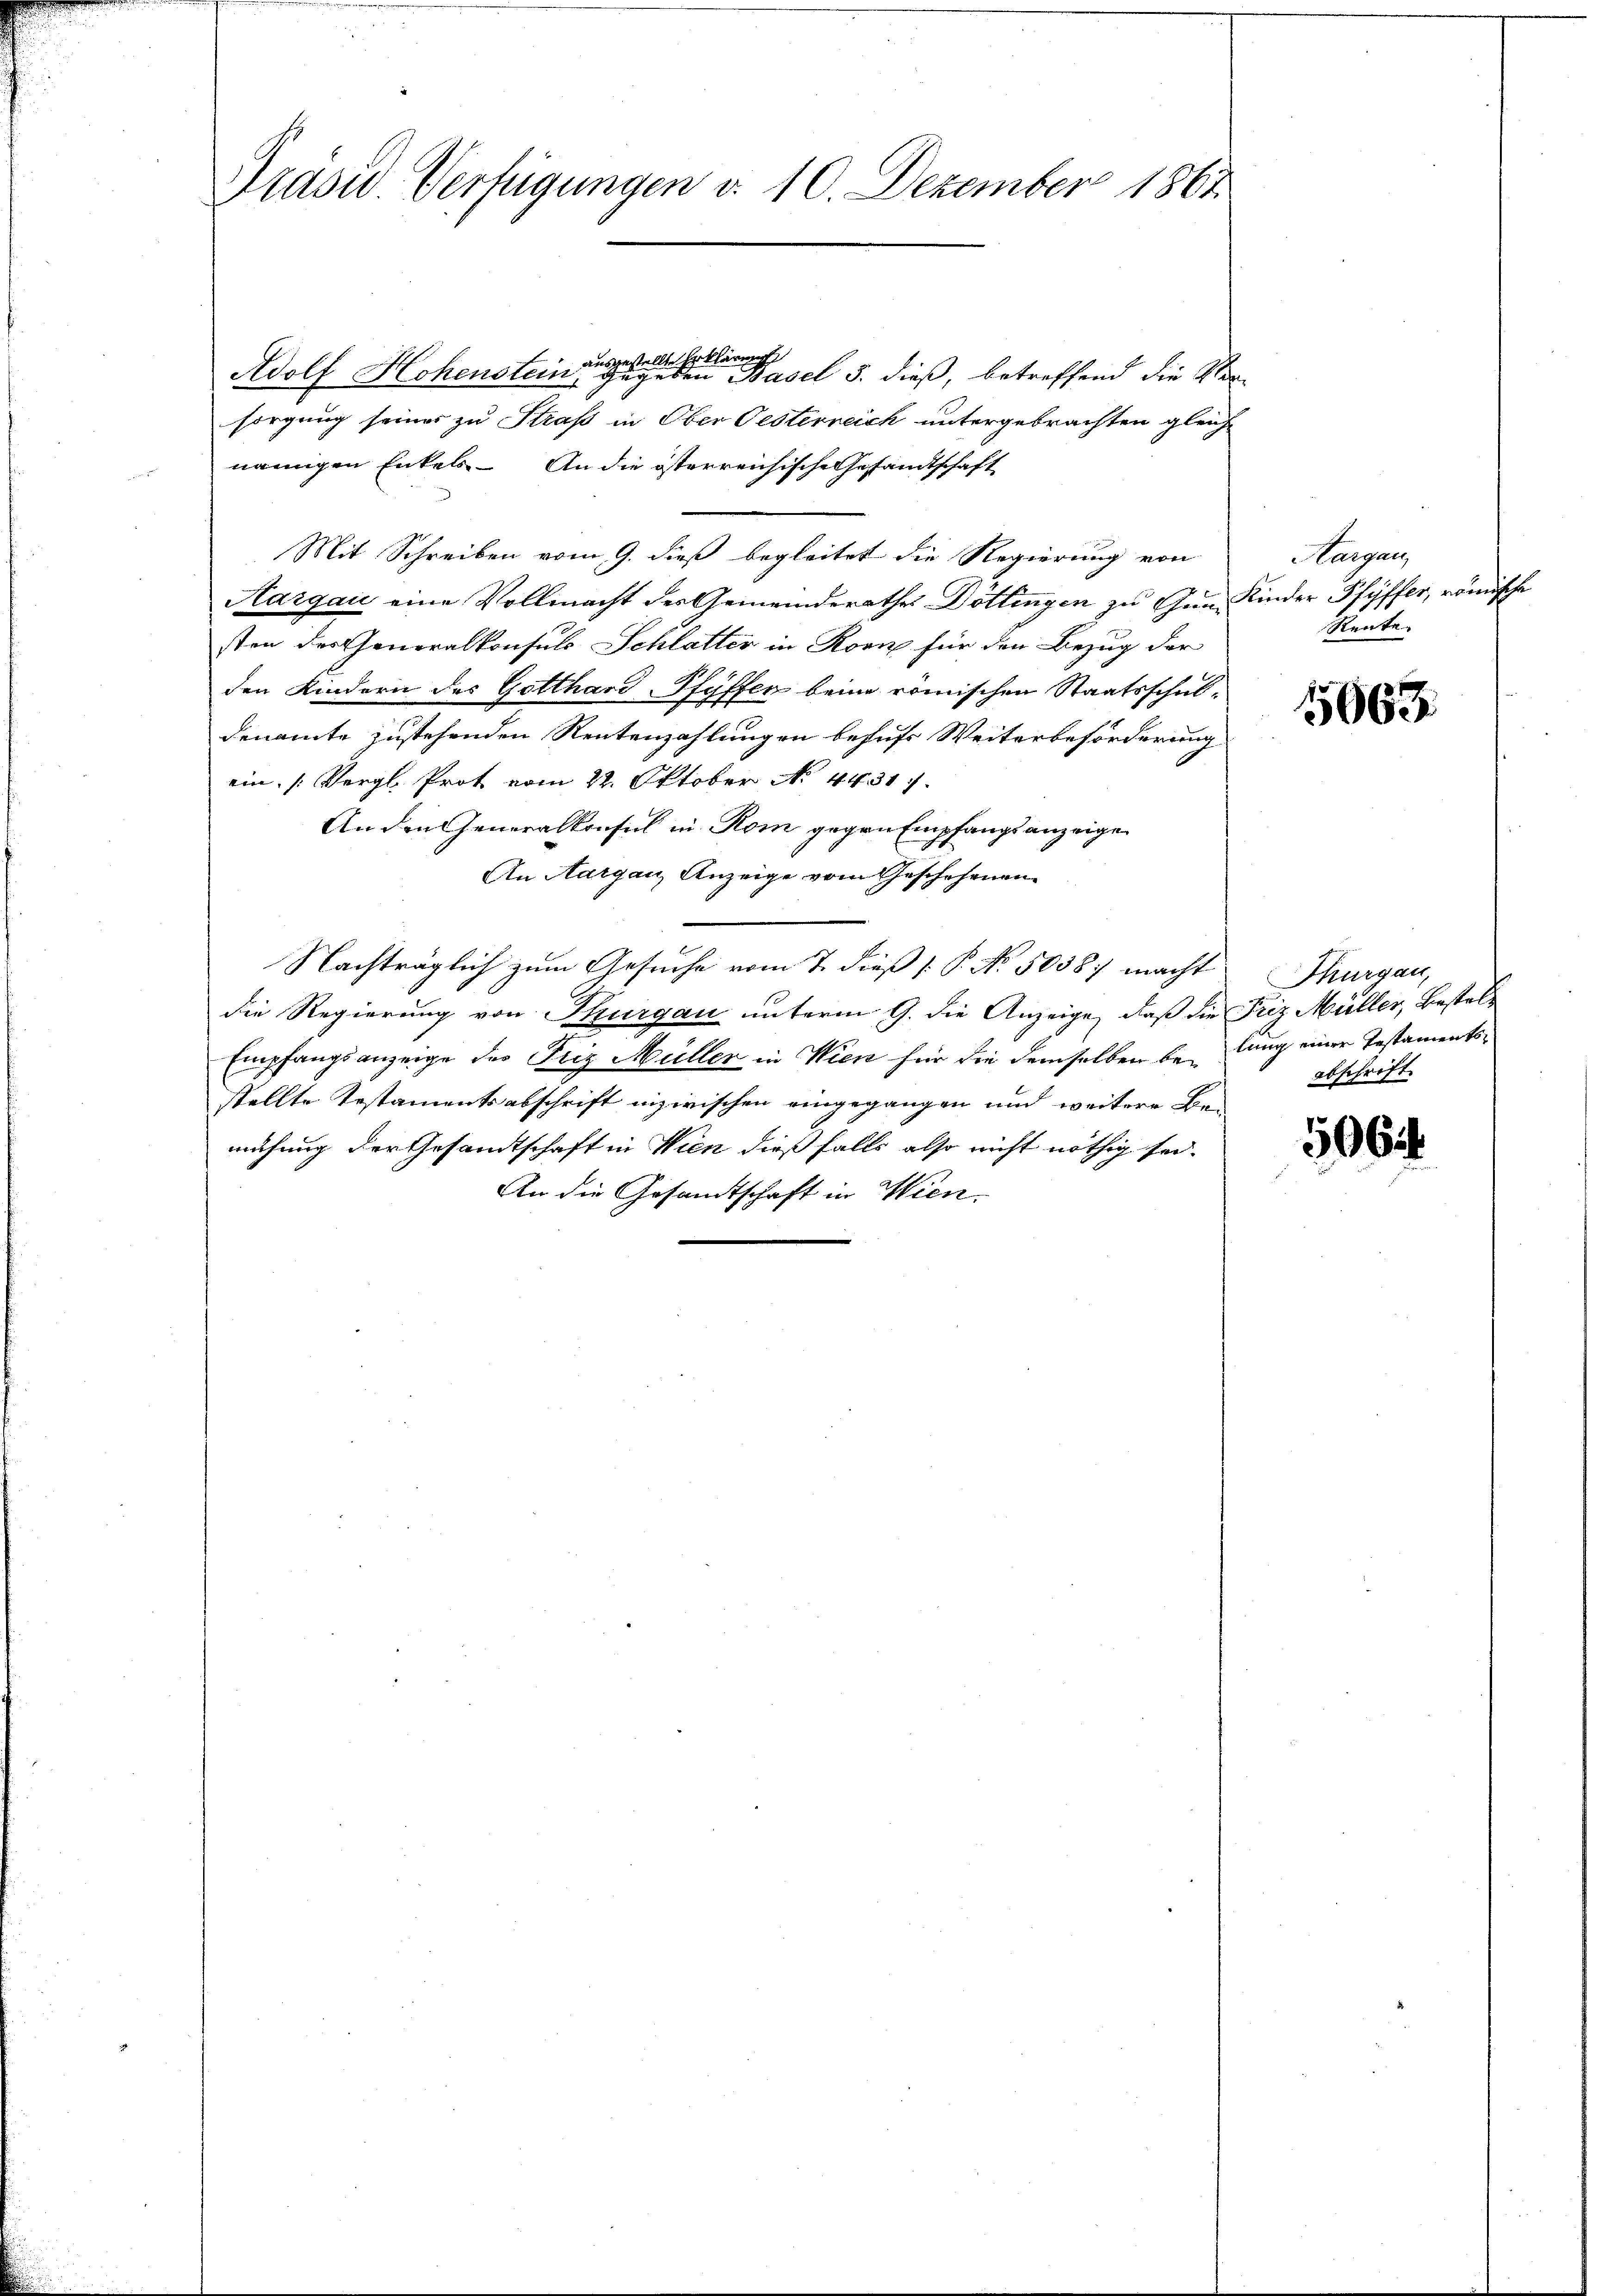
Präsid. Verfügungen d. 10. Dezember 1861

Adolf Hohenstein ausgestellte Erklärungs
gegeben Basel 5. dieß, betreffend die Stern
sorgung seiner zu Straß in Ober Oesterreich untergebrachten gleiche
namigen Enkels. An die österreichische Gesandtschaft
Mit Schreiben vom 9. dieß begleitet die Regierung von
Aargau eine Vollmacht der Gemeinderathes Döttingen zu Gun Kinder Pfyffer, römische
sten des Generalkonsuls Schlatter in Korn für den Bezug der
den Kindern des Gotthard-Pfyffen beim römischen Staatsschul-
denamte zustehenden Rentenzahlungen behufs Weiterbeförderung
ein. (Vergl. Prot vom 22. Oktober No. 4431
An den eneralkonsul in Rom gegen Empfangsanzeige
An Aargau, Anzeige vom Geschehenen
Nachträglich zum Gesuche vom 7. dieß P. No. 5038) macht Thurgan
die Regierung von Thurgau unterm 9. die Anzeige, daß die Friz Müller, Bestel¬
Empfangsanzeige des Friz Müller in Wien für die demselben belung einer Testamentsstellte Testamentsabschrift inzwischen eingegangen und weitere Bei
mühung der Gesandtschaft in Wien dießfalls also nicht nöthig sei.
An die Gesandtschaft in Wien.

Aargau,
Rente

5663.

abschrift.

506